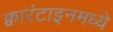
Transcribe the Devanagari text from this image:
क्वारंटाइनमध्ये